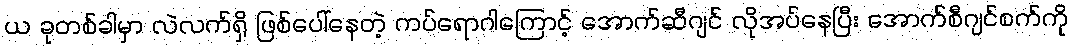
ယ ခုတစ်ခါမှာ လဲလက်ရှိ ဖြစ်ပေါ်နေတဲ့ ကပ်ရောဂါကြောင့် အောက်ဆီဂျင် လိုအပ်နေပြီး အောက်စီဂျင်စက်ကို